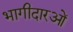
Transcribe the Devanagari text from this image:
भागीदारओं